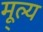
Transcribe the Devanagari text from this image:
मू्ल्य